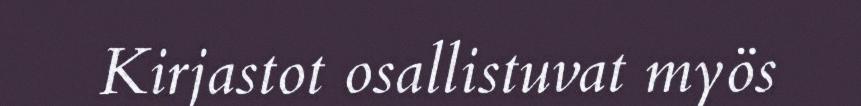
Kirjastot osallistuvat myös